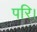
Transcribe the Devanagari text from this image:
परि।